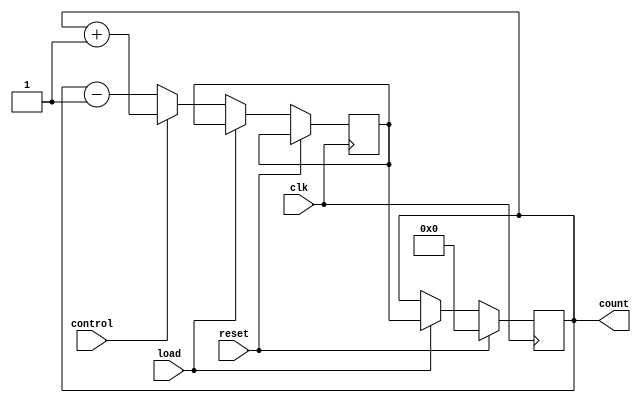
module up_down_counter (
    input wire clk,
    input wire reset,
    input wire load,
    input wire control,
    output reg [3:0] count
);

reg [3:0] next_count;

always @(posedge clk) begin
    if (reset) begin
        count <= 4'b0000;
    end else if (load) begin
        count <= next_count;
    end else begin
        if (control) begin
            next_count <= count + 1;
        end else begin
            next_count <= count - 1;
        end
    end
end

endmodule